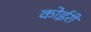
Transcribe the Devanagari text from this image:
कोईरी